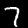
Digit: 7